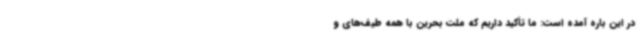
در این باره آمده است: ما تأکید داریم که ملت بحرین با همه طیف‌های و